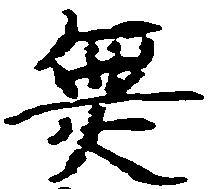
無